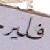
فلير